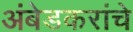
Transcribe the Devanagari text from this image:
अंबेडकरांचे